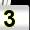
Digit: 3